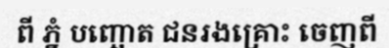
ពី ភ្នំ បញ្ឆោត ជនរងគ្រោះ ចេញពី